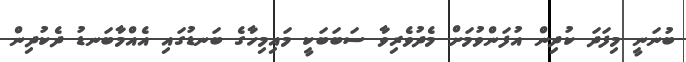
ބުނަނީ މިފަދަ ކުދިން އުފަންވުމަށް މެދުވެރިވާ ސަބަބަކީ މައިމިހާގެ ބަނޑުގައި އެއްމާބަނޑު ދެކުދިން